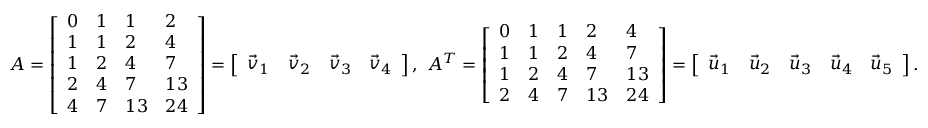
\begin{array} { r } { A = \left[ \begin{array} { l l l l } { 0 } & { 1 } & { 1 } & { 2 } \\ { 1 } & { 1 } & { 2 } & { 4 } \\ { 1 } & { 2 } & { 4 } & { 7 } \\ { 2 } & { 4 } & { 7 } & { 1 3 } \\ { 4 } & { 7 } & { 1 3 } & { 2 4 } \end{array} \right] = \left[ \begin{array} { l l l l } { \vec { v } _ { 1 } } & { \vec { v } _ { 2 } } & { \vec { v } _ { 3 } } & { \vec { v } _ { 4 } } \end{array} \right] , \ A ^ { T } = \left[ \begin{array} { l l l l l } { 0 } & { 1 } & { 1 } & { 2 } & { 4 } \\ { 1 } & { 1 } & { 2 } & { 4 } & { 7 } \\ { 1 } & { 2 } & { 4 } & { 7 } & { 1 3 } \\ { 2 } & { 4 } & { 7 } & { 1 3 } & { 2 4 } \end{array} \right] = \left[ \begin{array} { l l l l l } { \vec { u } _ { 1 } } & { \vec { u } _ { 2 } } & { \vec { u } _ { 3 } } & { \vec { u } _ { 4 } } & { \vec { u } _ { 5 } } \end{array} \right] . } \end{array}